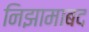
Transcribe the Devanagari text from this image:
निझामाबद